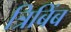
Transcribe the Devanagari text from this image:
त्रिबिंब